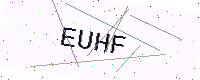
Text: EUHF